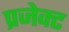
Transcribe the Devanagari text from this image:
प्रजेक्ट